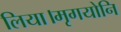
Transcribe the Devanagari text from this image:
लिया।मृगयोनि